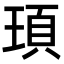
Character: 頊